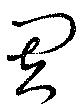
周